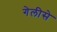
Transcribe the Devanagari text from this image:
गेलीसे